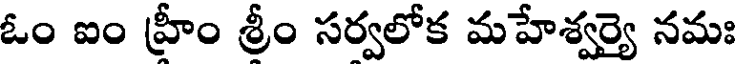
ఓం ఐం హ్రీం శ్రీం సర్వలోక మహేశ్వర్యై నమః